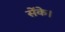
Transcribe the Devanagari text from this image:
सेंके।